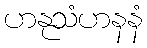
ဟနုသံဟနနံ